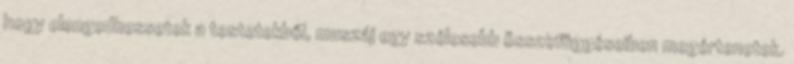
hogy elengedhessetek a testetekből, muszáj egy szélesebb összefüggéseiben megértenetek.